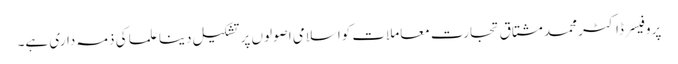
پروفیسر ڈاکٹر محمد مشتاق تجارت معاملات کواسلامی اصولوں پر تشکیل دینا علما کی ذمہ داری ہے۔